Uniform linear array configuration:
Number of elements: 32
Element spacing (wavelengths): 0.5
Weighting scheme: hann
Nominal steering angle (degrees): -60
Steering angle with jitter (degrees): -60.363
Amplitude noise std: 0.05
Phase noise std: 0.05

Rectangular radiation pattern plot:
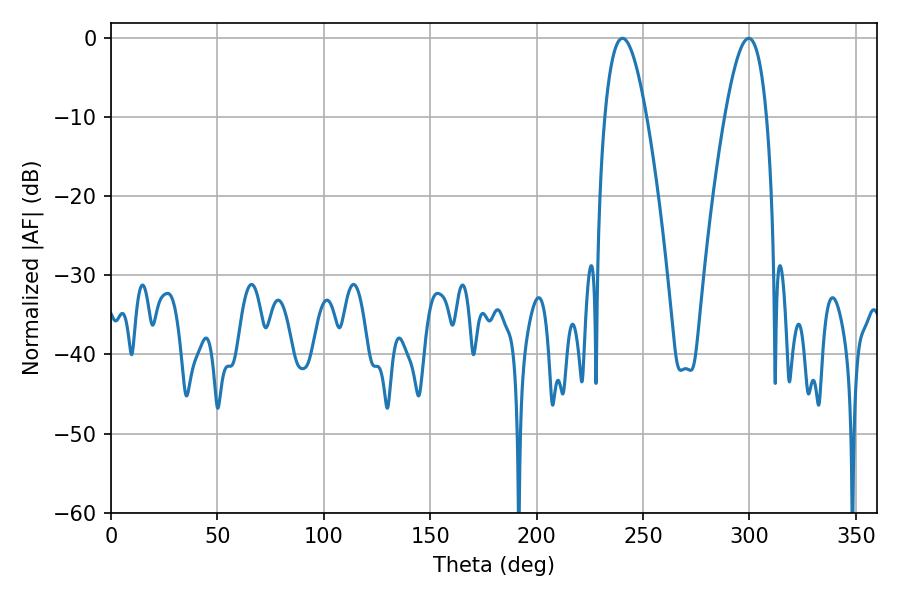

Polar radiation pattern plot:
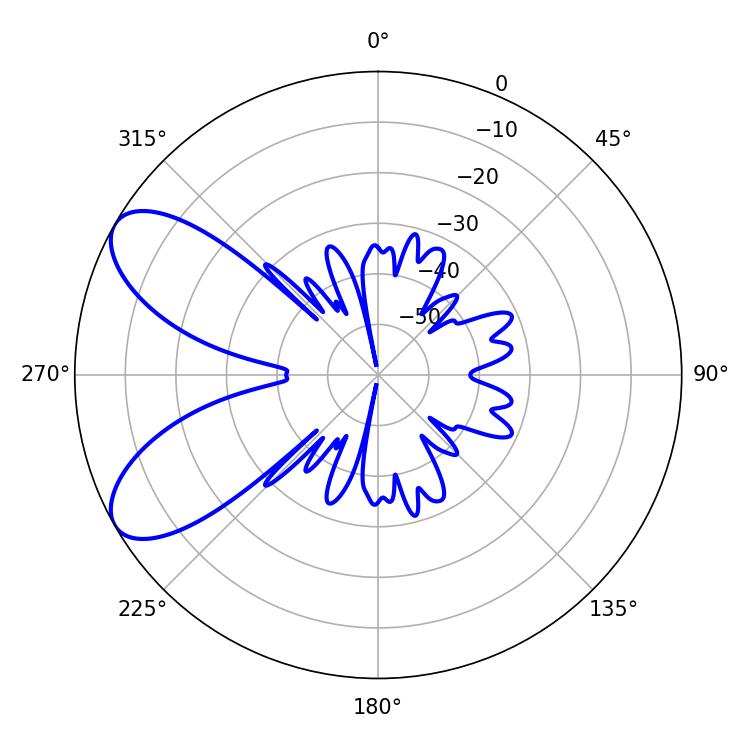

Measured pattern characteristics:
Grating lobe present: FALSE
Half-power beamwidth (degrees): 10.62
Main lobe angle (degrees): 240.3